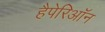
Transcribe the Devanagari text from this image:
हैपेरिऑन